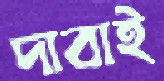
দাবাই